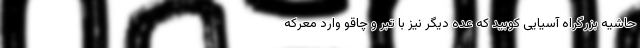
حاشیه بزرگراه آسیایی کوبید که عده دیگر نیز با تبر و چاقو وارد معرکه